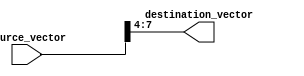
module part_select_example (
    input wire [15:0] source_vector,  // 16-bit source vector
    output wire [3:0] destination_vector // 4-bit destination vector
);

// Continuous assignment using part select
assign destination_vector = source_vector[7:4]; // Select bits 7 to 4 from source_vector

endmodule